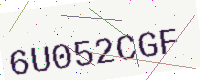
Text: 6U052CGF